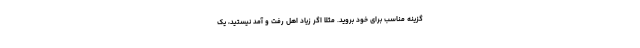
گزینه مناسب برای خود بروید. مثلا اگر زیاد اهل رفت و آمد نیستید، یک